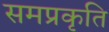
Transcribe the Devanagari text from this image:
समप्रकृति